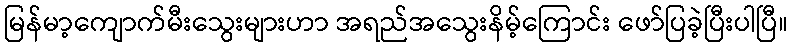
မြန်မာ့ကျောက်မီးသွေးများဟာ အရည်အသွေးနိမ့်ကြောင်း ဖော်ပြခဲ့ပြီးပါပြီ။